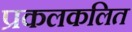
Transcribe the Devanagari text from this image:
प्रकलकलित